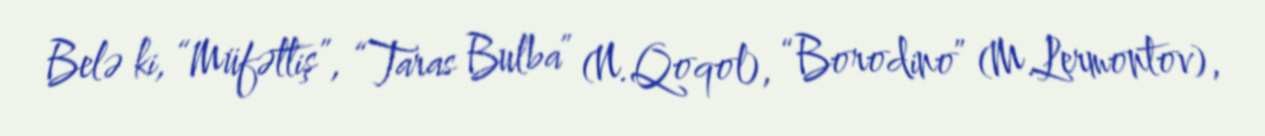
Belə ki, “Müfəttiş”, “Taras Bulba” (N.Qoqol), “Borodino” (M.Lermontov),